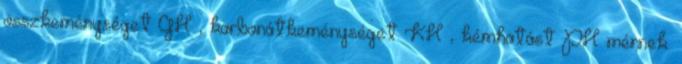
összkeménységet GH , karbonátkeménységet KH , kémhatást PH mérnek.